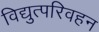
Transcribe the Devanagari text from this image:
विद्युत्परिवहन